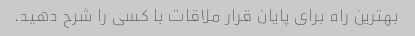
بهترین راه برای پایان قرار ملاقات با کسی را شرح دهید.